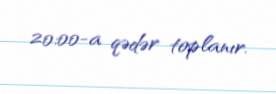
20:00-a qədər toplanır.